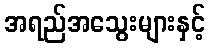
အရည်အသွေးများနှင့်